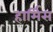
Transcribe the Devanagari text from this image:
हार्मिस